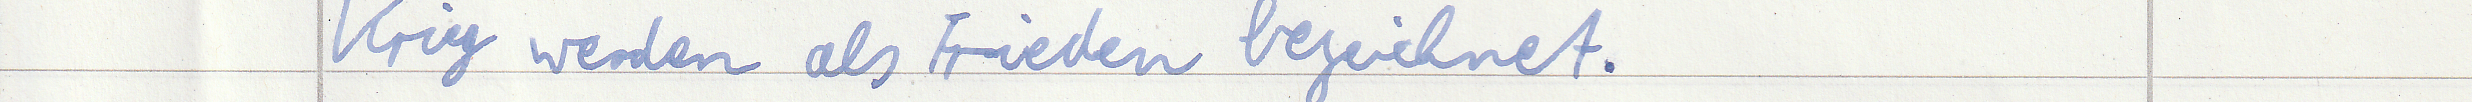
Krieg werden als Frieden bezeichnet.